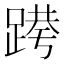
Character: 𰸝